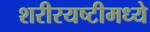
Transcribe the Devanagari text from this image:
शरीरयष्टीमध्ये